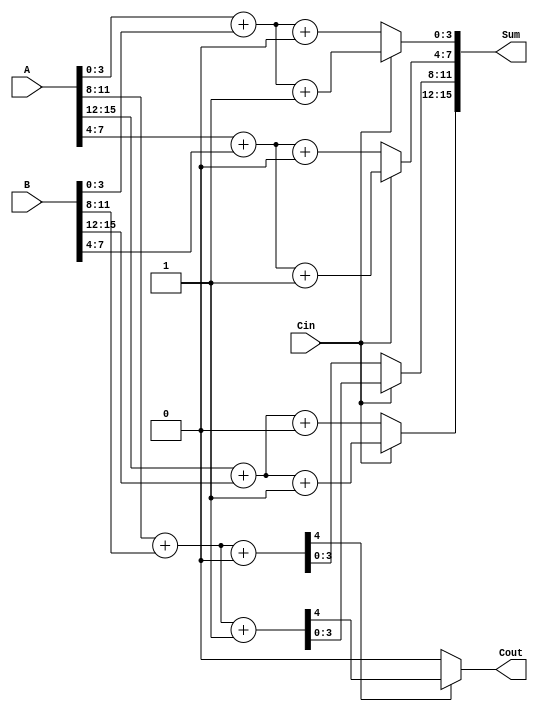
module dynamic_carry_select_adder #(parameter N = 16) (
    input [N-1:0] A,        // First operand
    input [N-1:0] B,        // Second operand
    input Cin,              // Carry input
    output [N-1:0] Sum,     // Sum output
    output Cout             // Carry output
);
    localparam SEGMENT_SIZE = 4; // Size of each segment
    localparam NUM_SEGMENTS = N / SEGMENT_SIZE;

    // Internal signals for sums and carries
    wire [SEGMENT_SIZE-1:0] sum0 [0:NUM_SEGMENTS-1]; // Sum when Cin = 0
    wire [SEGMENT_SIZE-1:0] sum1 [0:NUM_SEGMENTS-1]; // Sum when Cin = 1
    wire carry0 [0:NUM_SEGMENTS-1];                   // Carry out when Cin = 0
    wire carry1 [0:NUM_SEGMENTS-1];                   // Carry out when Cin = 1
    wire [NUM_SEGMENTS-1:0] carry_select;             // Selected carry for MUX

    // Generate sums and carries for each segment
    genvar i;
    generate
        for (i = 0; i < NUM_SEGMENTS; i = i + 1) begin : segment
            wire [SEGMENT_SIZE-1:0] A_segment = A[i*SEGMENT_SIZE +: SEGMENT_SIZE];
            wire [SEGMENT_SIZE-1:0] B_segment = B[i*SEGMENT_SIZE +: SEGMENT_SIZE];

            // Calculate sums and carries for Cin = 0
            assign {carry0[i], sum0[i]} = A_segment + B_segment + 1'b0;

            // Calculate sums and carries for Cin = 1
            assign {carry1[i], sum1[i]} = A_segment + B_segment + 1'b1;

            // Select carry for next segment
            if (i > 0) begin
                assign carry_select[i] = carry0[i-1] ? carry1[i-1] : carry0[i-1];
            end
        end
    endgenerate

    // MUX to select the appropriate sum based on the carry-in
    generate
        for (i = 0; i < NUM_SEGMENTS; i = i + 1) begin : mux
            assign Sum[i*SEGMENT_SIZE +: SEGMENT_SIZE] = (Cin ? sum1[i] : sum0[i]);
        end
    endgenerate

    // Final carry-out
    assign Cout = carry_select[NUM_SEGMENTS-1];

endmodule